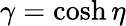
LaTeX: \gamma=\cosh\eta